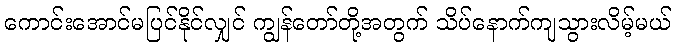
ကောင်းအောင်မပြင်နိုင်လျှင် ကျွန်တော်တို့အတွက် သိပ်နောက်ကျသွားလိမ့်မယ်